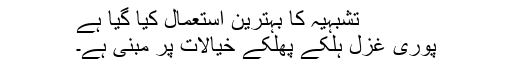
تشبہیہ کا بہترین استعمال کیا گیا ہے
پوری غزل ہلکے پھلکے خیالات پر مبنی ہے۔